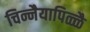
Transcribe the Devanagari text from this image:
चिन्नैयापिळ्ळै